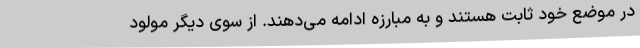
در موضع خود ثابت هستند و به مبارزه ادامه می‌دهند. از سوی دیگر مولود